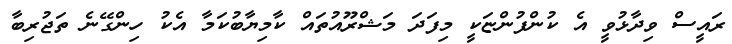
ރައީސް ވިދާޅުވީ އެ ކުންފުންޏަކީ މިފަދަ މަޝްރޫއުތައް ކާމިޔާބުކަމާ އެކު ހިންގޭނެ ތަޖުރިބާ